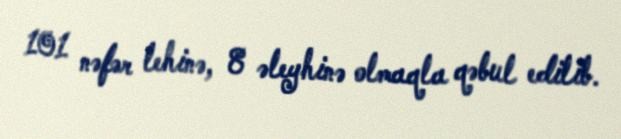
101 nəfər lehinə, 8 əleyhinə olmaqla qəbul edilib.